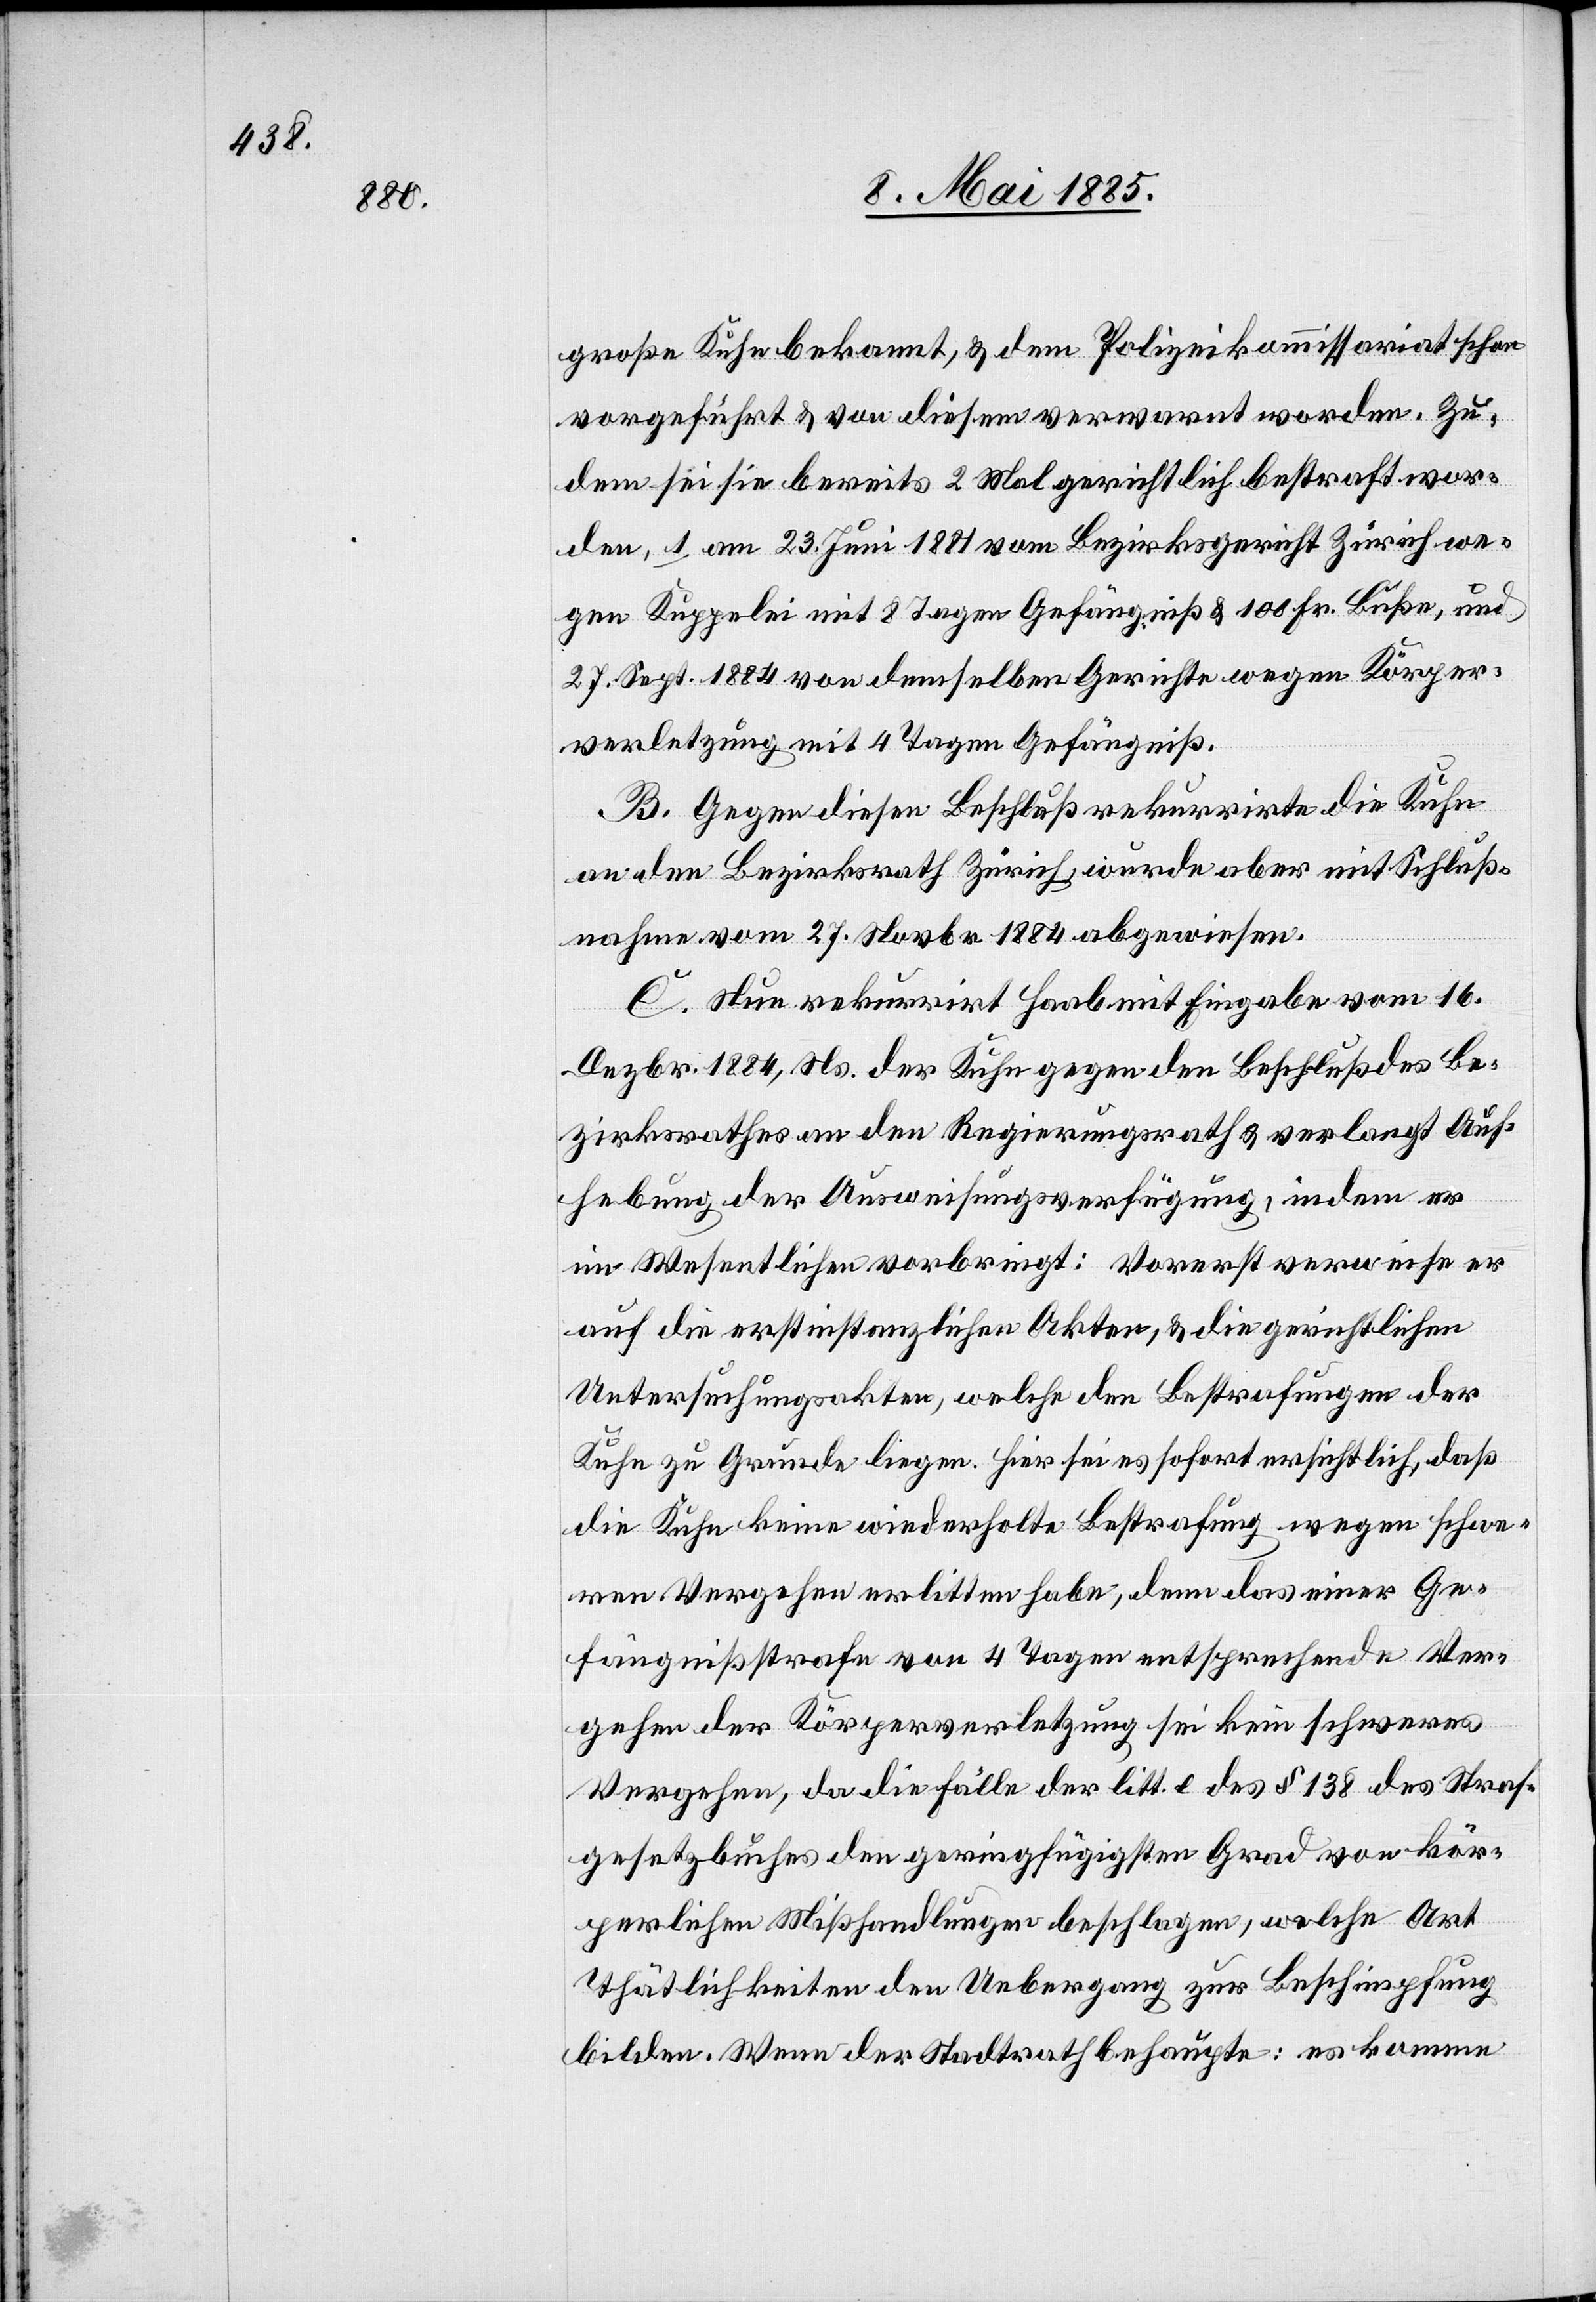
große Kuhn bekannt, & dem Polizeikommissariat schon
vorgeführt & von diesem verwarnt worden. Zu¬
dem sei sie bereits 2 Mal gerichtlich bestraft wor¬
den, 1. am 23. Juni 1881 vom Bezirksgericht Zürich we¬
gen Kuppelei mit 8 Tagen Gefängniß & 100 Fr. Buße, und
27. Sept. 1884 von demselben Gerichte wegen Körper¬
verletzung mit 4 Tagen Gefängniß.
B. Gegen diesen Beschluß rekurrirte die Kuhn
an den Bezirksrath Zürich, wurde aber mit Schluß¬
nahme vom 27. Novbr. 1884 abgewiesen.
C. Nun rekurrirt Haab mit Eingabe vom 16.
Dezbr. 1884, Ns. der Kuhn gegen den Beschluß des Be¬
zirksrathes an den Regierungsrath & verlangt Auf¬
hebung der Ausweisungsverfügung, indem er
im Wesentlichen vorbringt: Vorerst verweise er
auf die erstinstanzlichen Akten, & die gerichtlichen
Untersuchungsakten, welche den Bestrafungen der
Kuhn zu Grunde liegen. Hier sei es sofort ersichtlich, daß
die Kuhn keine wiederholte Bestrafung wegen schwe¬
ren Vergehen erlitten habe, denn das einer Ge¬
fängnißstrafe von 4 Tagen entsprechende Ver¬
gehen der Körperverletzung sei kein schweres
Vergehen, da die Fälle der litt. c des § 138 des Straf¬
gesetzbuches den geringfügigsten Grad von kör¬
perlichen Mißhandlungen beschlagen, welche Art
Thätlichkeiten den Uebergang zur Beschimpfung
bilden. Wenn der Stadtrath behaupte: es komme